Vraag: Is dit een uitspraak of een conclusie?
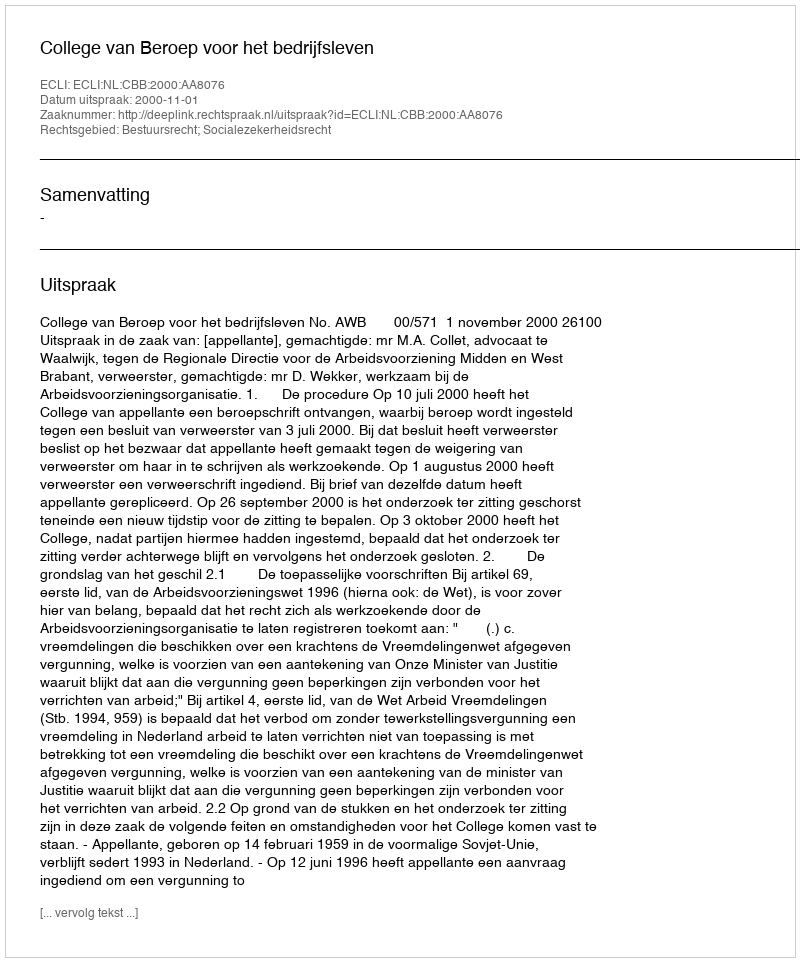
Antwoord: Uitspraak